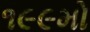
૧૯૯મો